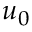
u _ { 0 }